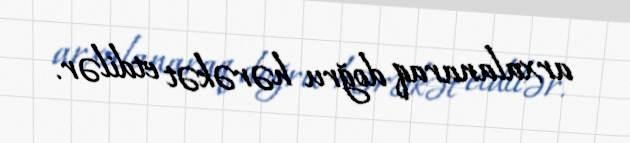
arxalanaraq doğru hərəkət etdilər.